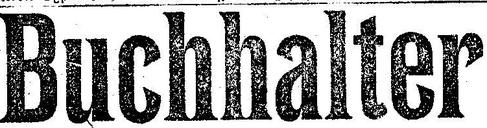
Buchhalter